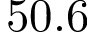
5 0 . 6